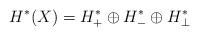
LaTeX: \begin{align*} H^{\ast}(X) = H^{\ast}_{+} \oplus H^{\ast}_- \oplus H^{\ast}_{\perp} \end{align*}